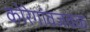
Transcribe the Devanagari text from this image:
कोरेगांवजवळ